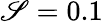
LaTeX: \mathscr{S}=0.1